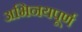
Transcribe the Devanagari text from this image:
अभिनयपूर्ण